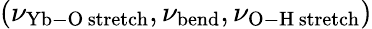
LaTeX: (\nu_{\mathrm{Yb-O\, stretch}},\nu_{\mathrm{bend}},\nu_{\mathrm{O-H\, stretch}})